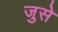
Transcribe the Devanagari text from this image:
जुसे